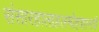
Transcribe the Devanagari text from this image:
संसारहालाहलमोहशान्त्यै